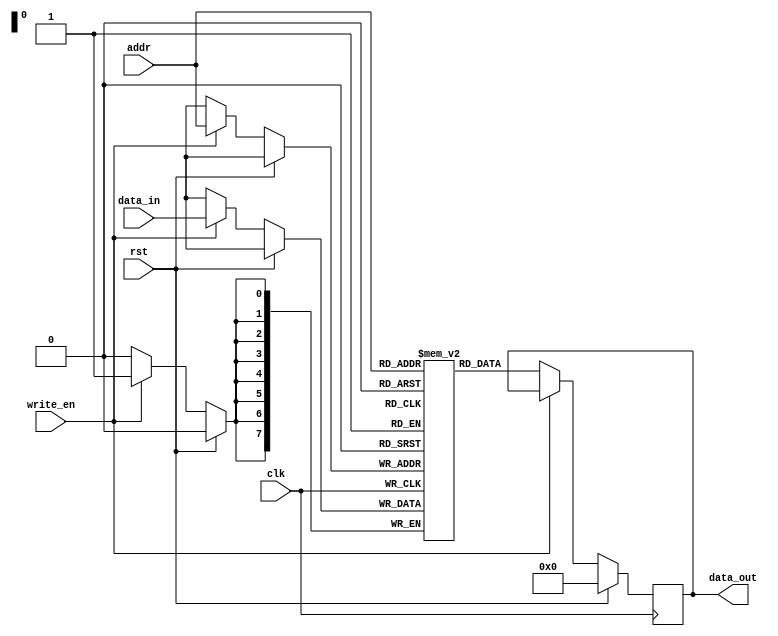
module DRAM (
    input wire clk, // clock signal
    input wire rst, // reset signal
    input wire write_en, // write enable signal
    input wire [7:0] addr, // address input
    input wire [7:0] data_in, // data input
    output reg [7:0] data_out // data output
);

// Define memory array
reg [7:0] mem [0:255];

// Address decoding logic
reg [7:0] mem_addr;
always @ (*) begin
    mem_addr = addr[7:0];
end

// Read and write operations
always @ (posedge clk) begin
    if (rst) begin
        data_out <= 8'h00;
    end else begin
        if (write_en) begin
            mem[mem_addr] <= data_in;
        end
        else begin
            data_out <= mem[mem_addr];
        end
    end
end

// Refresh circuitry (not implemented in this code snippet)

endmodule